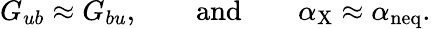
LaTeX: G_{ub}\approx G_{bu},\qquad\textrm{and}\qquad\alpha_{\mathrm{X}}\approx\alpha_{\mathrm{neq}}.